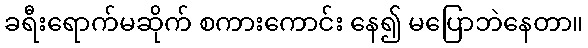
ခရီးရောက်မဆိုက် စကားကောင်း နေ၍ မပြောဘဲနေတာ။